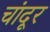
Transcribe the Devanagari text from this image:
चांदूर